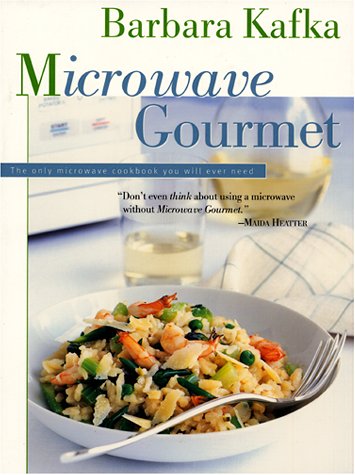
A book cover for Microwave Gourmet; Barbara Kafka; Cookbooks, Food & Wine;